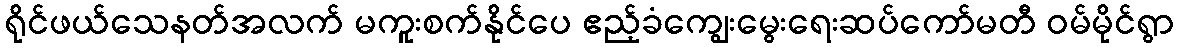
ရိုင်ဖယ်သေနတ်အလက် မကူးစက်နိုင်ပေ ဧည့်ခံကျွေးမွေးရေးဆပ်ကော်မတီ ဝမ်မိုင်ရွာ